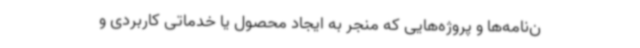
ن‌نامه‌ها و پروژه‌هایی که منجر به ایجاد محصول یا خدماتی کاربردی و